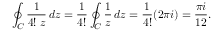
\oint _ { C } { \frac { 1 } { 4 ! \; z } } \, d z = { \frac { 1 } { 4 ! } } \oint _ { C } { \frac { 1 } { z } } \, d z = { \frac { 1 } { 4 ! } } ( 2 \pi i ) = { \frac { \pi i } { 1 2 } } .